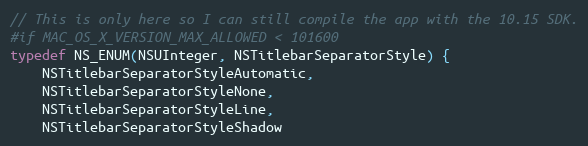
Language: C
// This is only here so I can still compile the app with the 10.15 SDK.
#if MAC_OS_X_VERSION_MAX_ALLOWED < 101600
typedef NS_ENUM(NSUInteger, NSTitlebarSeparatorStyle) {
    NSTitlebarSeparatorStyleAutomatic,
    NSTitlebarSeparatorStyleNone,
    NSTitlebarSeparatorStyleLine,
    NSTitlebarSeparatorStyleShadow